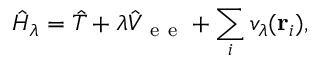
\hat { H } _ { \lambda } = \hat { T } + \lambda \ensuremath { \hat { V } _ { \mathrm { ~ e ~ e ~ } } } + \sum _ { i } v _ { \lambda } ( \ensuremath { \mathbf { r } } _ { i } ) ,